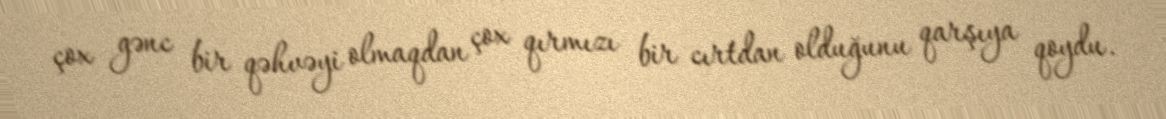
çox gənc bir qəhvəyi olmaqdan çox qırmızı bir cırtdan olduğunu qarşıya qoydu.